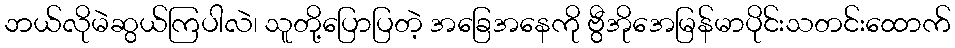
ဘယ်လိုမဲဆွယ်ကြပါလဲ၊ သူတို့ပြောပြတဲ့ အခြေအနေကို ဗွီအိုအေမြန်မာပိုင်းသတင်းထောက်